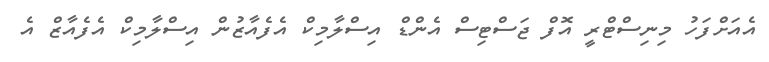
އެއަށްފަހު މިނިސްޓްރީ އޮފް ޖަސްޓިސް އެންޑް އިސްލާމިކް އެފެއާޒުން އިސްލާމިކް އެފެއާޒް އެ